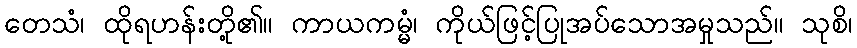
တေသံ၊ ထိုရဟန်းတို့၏။ ကာယကမ္မံ၊ ကိုယ်ဖြင့်ပြုအပ်သောအမှုသည်။ သုစိ၊